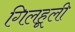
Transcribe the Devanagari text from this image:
गिलहूली